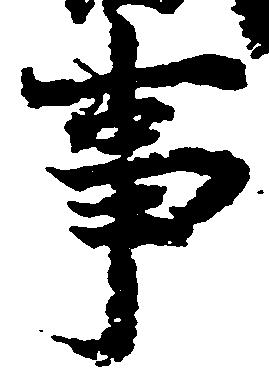
事